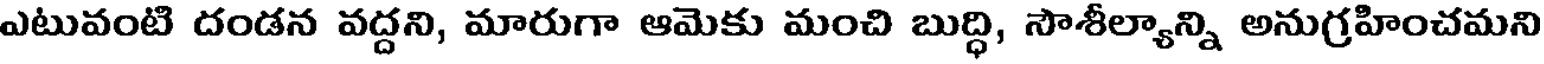
ఎటువంటి దండన వద్దని, మారుగా ఆమెకు మంచి బుద్ధి, సౌశీల్యాన్ని అనుగ్రహించమని